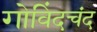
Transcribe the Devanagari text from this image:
गोविंदचंद